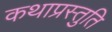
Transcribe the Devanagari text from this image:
कथाप्रस्तुति